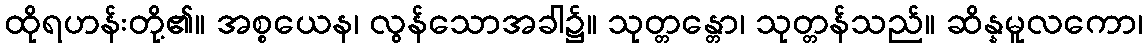
ထိုရဟန်းတို့၏။ အစ္စယေန၊ လွန်သောအခါ၌။ သုတ္တန္တော၊ သုတ္တန်သည်။ ဆိန္နမူလကော၊